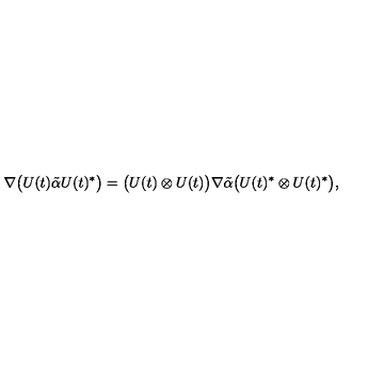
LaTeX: \nabla \bigl ( U ( t ) \tilde { \alpha } U ( t ) ^ { * } \bigr ) = \bigl ( U ( t ) \otimes U ( t ) \bigr ) \nabla \tilde { \alpha } \bigl ( U ( t ) ^ { * } \otimes U ( t ) ^ { * } \bigr ) ,